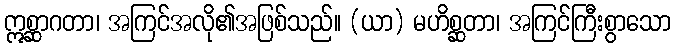
ဣစ္ဆာဂတာ၊ အကြင်အလို၏အဖြစ်သည်။ (ယာ) မဟိစ္ဆတာ၊ အကြင်ကြီးစွာသော